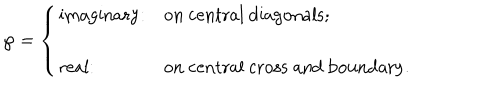
LaTeX: \wp = \left\{ \begin{array} { l l } { { \mathrm { i m a g i n a r y } : } } & { { \mathrm { o n ~ c e n t r a l ~ d i a g o n a l s } ; } } \\ { { \mathrm { r e a l } : } } & { { \mathrm { o n ~ c e n t r a l ~ c r o s s ~ a n d ~ b o u n d a r y } . } } \\ \end{array} \right.